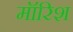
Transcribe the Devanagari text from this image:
मॉरिश